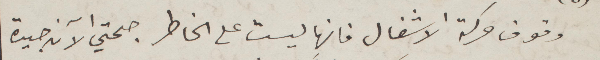
وقوف حركة الاشغال فانها ليست على الخاطر. صحتي الآن جيدة